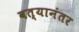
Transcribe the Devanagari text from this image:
वत्यानंतर